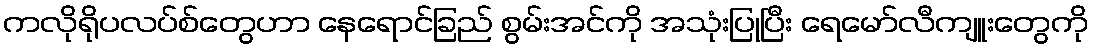
ကလိုရိုပလပ်စ်တွေဟာ နေရောင်ခြည် စွမ်းအင်ကို အသုံးပြုပြီး ရေမော်လီကျူးတွေကို